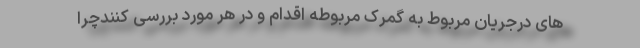
های درجریان مربوط به گمرک مربوطه اقدام و در هر مورد بررسی کنندچرا